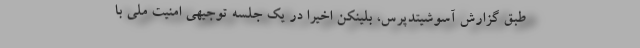
طبق گزارش آسوشیتدپرس، بلینکن اخیرا در یک جلسه توجیهی امنیت ملی با